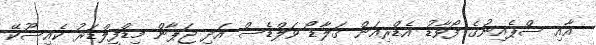
އާއި ސްޕެއިނުގެ ފޯވާޑު އެޑްރިއަން ގަލާޑޯ ވަލްޑެސް އަދި ޖަޕާން މިޑްފީލްޑަރު ކެއިސޫކޭ